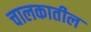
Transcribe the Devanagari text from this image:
चालकातील